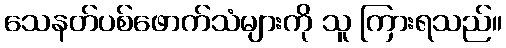
သေနတ်ပစ်ဖောက်သံများကို သူ ကြားရသည်။